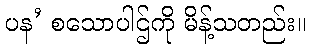
ပန’ စသောပါဌ်ကို မိန့်သတည်း။